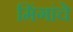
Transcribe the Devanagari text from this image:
मिंगांचे